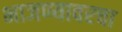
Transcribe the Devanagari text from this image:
भाजण्यावरचा